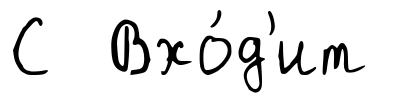
С Вхо́д'ит